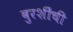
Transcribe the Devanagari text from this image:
बुरशींची